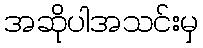
အဆိုပါအသင်းမှ